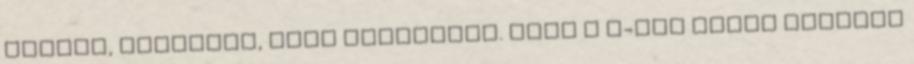
rajtad, amellett, hogy leszarnak. Vagy a T-Com olyan marhára